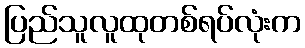
ပြည်သူလူထုတစ်ရပ်လုံးက